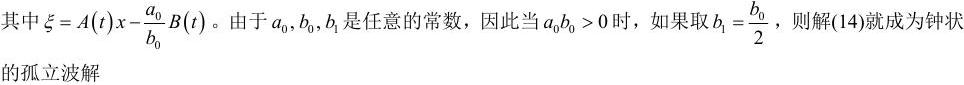
其中$\xi = A(t)x - \frac{a_0}{b_0}B(t)$。由于$a_0, b_0, b_1$是任意的常数，因此当$a_0b_0 > 0$时，如果取$b_1 = \frac{b_0}{2}$，则解(14)就成为钟状的孤立波解